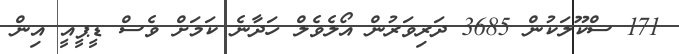
171 ސްކޫލަކުން 3685 ދަރިވަރުން އޯލެވެލް ހަދާނެ ކަމަށް ވެސް ޑީޕީއީ އިން